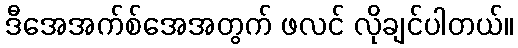
ဒီအေအက်စ်အေအတွက် ဖလင် လိုချင်ပါတယ်။